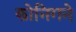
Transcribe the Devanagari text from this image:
कोनिगने